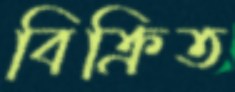
বিক্রিত